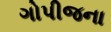
ગોપીજના